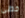
خطى